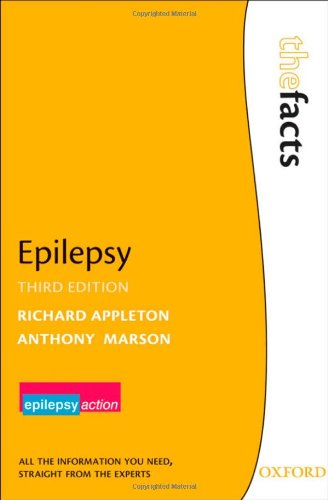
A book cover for Epilepsy (The Facts Series); Richard Appleton; Health, Fitness & Dieting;